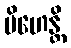
ပိဟေန္တိ